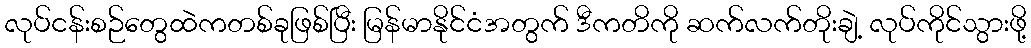
လုပ်ငန်းစဉ်တွေထဲကတစ်ခုဖြစ်ပြီး မြန်မာနိုင်ငံအတွက် ဒီကတိကို ဆက်လက်တိုးချဲ့ လုပ်ကိုင်သွားဖို့